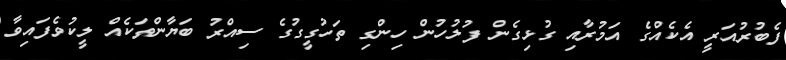
ފެބުރުއަރީ އެކެއްގެ އަމުރާއި ގުޅިގެން ފުލުހުން ހިންގި ތަހުގީގުގެ ސިއްރު ބަޔާންތަކެއް ލީކުވެފައިވާ